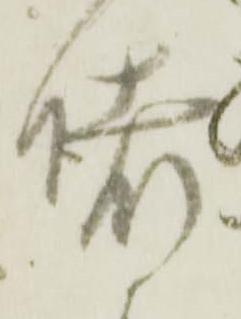
堵